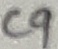
Text: C9